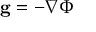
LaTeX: \mathbf { \vec { g } } = - \nabla \Phi